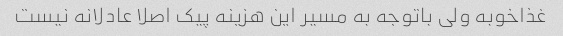
غذاخوبه ولی باتوجه به مسیر این هزینه پیک اصلا عادلانه نیست